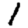
Digit: 1